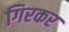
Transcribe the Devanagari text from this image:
गिरकर